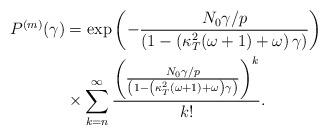
LaTeX: \begin{align*}P^{(m)}_{}(\gamma_{})&=\exp\left(-\frac{N_{0}\gamma_{}/p}{\left(1-\left(\kappa^{2}_{T}(\omega+1)+\omega\right)\gamma_{}\right)}\right)\\&\times \sum^{\infty}_{k=n}\frac{\left(\frac{N_{0}\gamma_{}/p}{\left(1-\left(\kappa^{2}_{T}(\omega+1)+\omega\right)\gamma_{}\right)}\right)^{k}}{k!}.\end{align*}